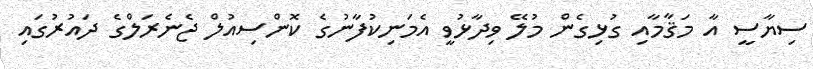
ސިޔާސީ އާ މަޤާމާއި ގުޅިގެން މުލޭ ވިދާޅުވީ އެމަނިކުފާނުގެ ކޮންސިއުލް ޖެނެރަލްގެ ދައުރުގައި